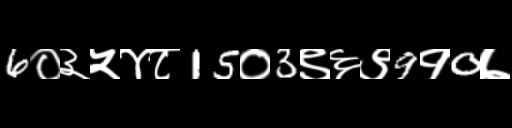
Text: 6०३५४८15०3९६९9१0७